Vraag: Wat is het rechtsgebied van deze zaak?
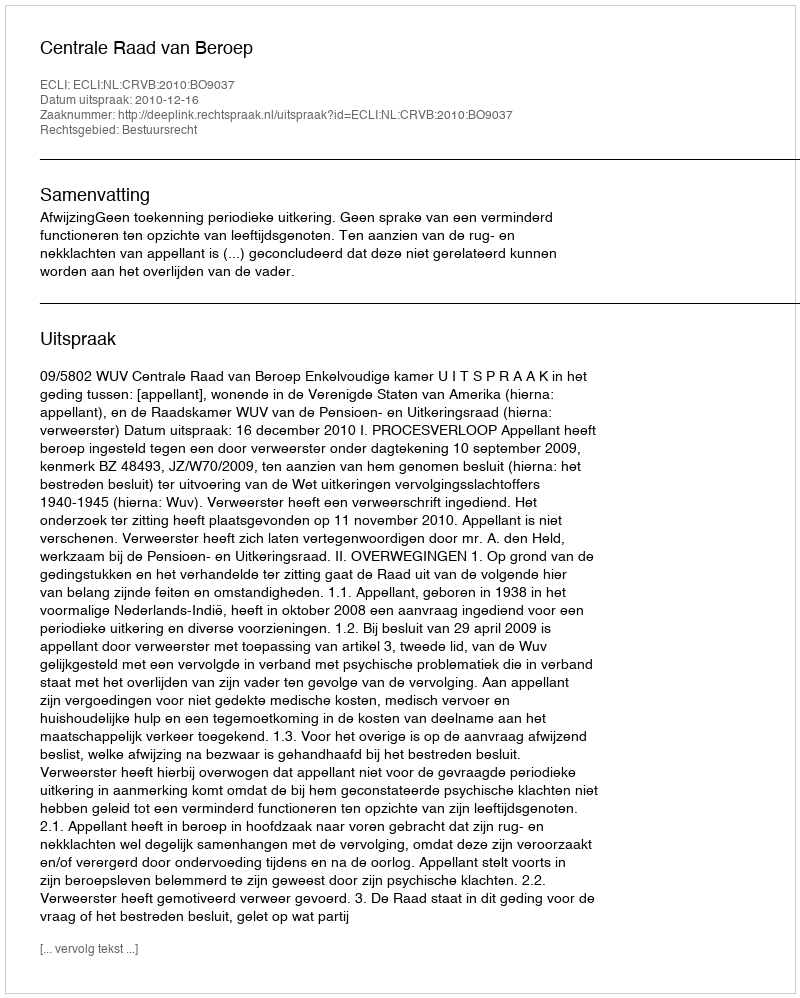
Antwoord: Bestuursrecht